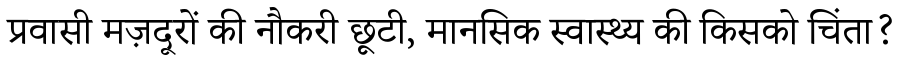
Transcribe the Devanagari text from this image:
प्रवासी मज़दूरों की नौकरी छूटी, मानसिक स्वास्थ्य की किसको चिंता?